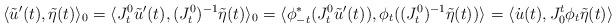
LaTeX: \begin{align*}\langle \tilde u'(t), \tilde \eta(t)\rangle_{0}=\langle J^0_t \tilde u'(t), (J^0_t)^{-1}\tilde \eta(t)\rangle_{0}=\langle \phi_{-t}^*(J^0_t \tilde u'(t)), \phi_t((J^0_t)^{-1}\tilde \eta(t))\rangle_{}=\langle \dot u(t), J_0^t\phi_t\tilde \eta(t)\rangle_{}\end{align*}